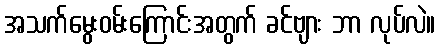
အသက်မွေးဝမ်းကြောင်းအတွက် ခင်ဗျား ဘာ လုပ်လဲ။